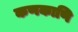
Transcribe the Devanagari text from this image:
कणकाणि